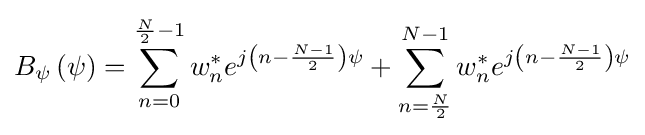
B_{\psi }\left(\psi \right)=\sum _{n=0}^{{\frac {N}{2}}-1}w_{n}^{*}e^{j\left(n-{\frac {N-1}{2}}\right)\psi }+\sum _{n={\frac {N}{2}}}^{N-1}w_{n}^{*}e^{j\left(n-{\frac {N-1}{2}}\right)\psi }